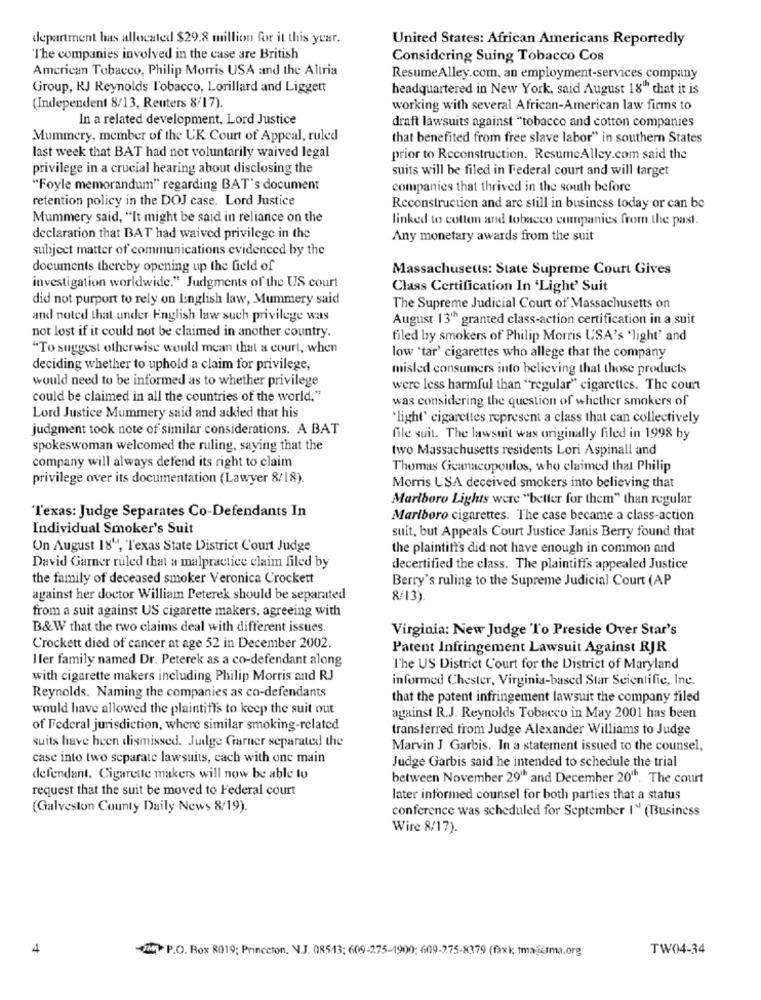
department has allocated $29.8 million for it this year.
United States: African Americans Reportedly
T'he companies involved in the case are British
Considering Suing Tobacco Cos
American Tobacco, Philip Morris USA and the Altria
ResumeAlley.com, an employment-services company
Group, RJ Reynolds Tobacco, Lorillard and Liggett
headquartered in New York, said August 18" that it is
(Independent 8/13, Reuters 8/17).
working with several African-American law firms to
In a related development, Lord Justice
draft lawsuits against "tobacco and cotton companies
Mummery, member of the UK Court of Appeal, ruled
that benefited from free slave labor" in southern States
last week that BAT had not voluntarily waived legal
prior to Reconstruction. ResumeAlley.com said the
privilege in a crucial hearing about disclosing the
suits will be filed in Federal court and will target
"Foyle memorandum" regarding BAT's document
companies that thrived in the south before
retention policy in the DOJ case. Lord Justice
Reconstruction and are still in business today or can be
Mummery said, "It might be said in reliance on the
linked to cotton and tobacco companies from the past.
declaration that BAT had waived privilege in the
Any monetary awards from the suit
subject matter of communications evidenced by the
documents thereby opening up the field of
Massachusetts: State Supreme Court Gives
investigation worldwide." Judgments of the US court
Class Certification In 'Light' Suit
did not purport to rely on English law, Mummery said
The Supreme Judicial Court of Massachusetts on
and noted that under English law such privilege was
August 13th granted class-action certification in a suit
not lost if it could not be claimed in another country.
filed by smokers of Philip Morris USA's 'light' and
"To suggest otherwise would mean that a court, when
low 'tar' cigarettes who allege that the company
deciding whether to uphold a claim for privilege,
misled consumers into believing that those products
would need to be informed as to whether privilege
were less harmful than "regular" cigarettes. The court
could be claimed in all the countries of the world."
was considering the question of whether smokers of
Lord Justice Mummery said and added that his
"light' cigarettes represent a class that can collectively
judgment took note of similar considerations. A BAT
file suit. The lawsuit was originally filed in 1998 by
spokeswoman welcomed the ruling, saying that the
two Massachusetts residents Lori Aspinall and
company will always defend its right to claim
Thomas Gicanacopoulos, who claimed that Philip
privilege over its documentation (Lawyer 8/18).
Morris USA deceived smokers into believing that
Marlboro Lights were "better for them" than regular
'l'exas: Judge Separates Co-Defendants In
Marlboro cigarettes. The case became a class-action
Individual Smoker's Suit
suit, but Appeals Court Justice Janis Berry found that
On August 18“, Texas State District Court Judge
the plaintiff's did not have enough in common and
David Gamer ruled that a malpractice claim filed by
decertified the class. The plaintiffs appealed Justice
the family of deceased smoker Veronica Crockett
Berry's ruling to the Supreme Judicial Court (AP
against her doctor William Peterek should be separated
8/13)
from a suit against US cigarette makers, agreeing with
B&W that the two claims deal with different issues.
Virginia: New Judge To Preside Over Star's
Crockett died of cancer at age 52 in December 2002.
Patent Infringement Lawsuit Against RJR
Iler family named Dr. Peterek as a co-defendant along
The US District Court for the District of Maryland
with cigarette makers including Philip Morris and RJ
informed Chester, Virginia-based Star Scientific, Ine.
Reynolds. Naming the companies as co-defendants
that the patent infringement lawsuit the company filed
would have allowed the plaintiffs to keep the suit out
against R.J. Reynolds Tobacco in May 2001 has been
of Federal jurisdiction, where similar smoking-related
transferred from Judge Alexander Williams to Judge
suits have been dismissed. Judge Garner separated the
Marvin J. Garbis. In a statement issued to the counsel,
case into two separate lawsuits, cach with one main
Judge Garbis said he intended to schedule the trial
defendant. Cigarette makers will now be able to
between November 29"" and December 20". The court
request that the suit be moved to Federal court
later informed counsel for both parties that a status
(Galveston County Daily News 8/19).
conference was scheduled for September 1" (Business
Wire 8/17).
UM P.O. Box 8019; Princeton, N.J. 08543; 609-275-1900; 609-275-8379 (faxk tmatma.org
TW04-34